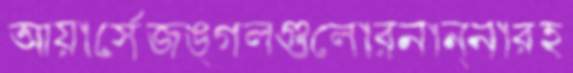
আয়ার্সেজঙ্গলগুলোরনান্নারহ